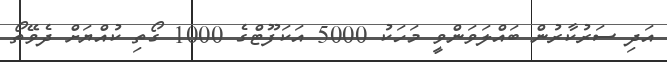
އަދި ސަރުކާރުން ބައްލަވަންވީ މަހަކު 5000 އަކަފޫޓްގެ 1000 ގޯތި ކުއްޔަށް ދެވޭތޯ